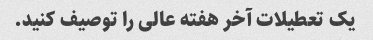
یک تعطیلات آخر هفته عالی را توصیف کنید.